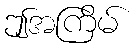
ဤအကြိမ်